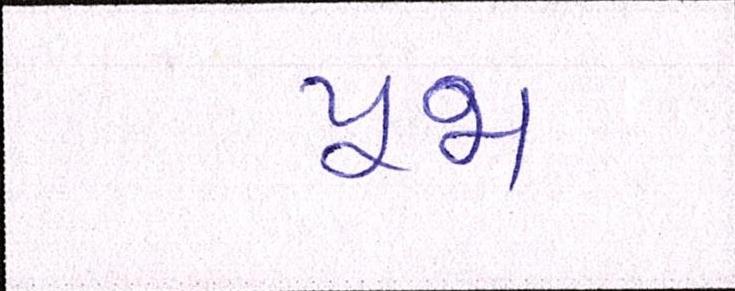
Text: પૂજા